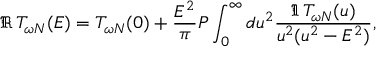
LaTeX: \Re \, T _ { \omega N } ( E ) = T _ { \omega N } ( 0 ) + \frac { E ^ { 2 } } { \pi } { \cal P } \int _ { 0 } ^ { \infty } d u ^ { 2 } \frac { \Im \, T _ { \omega N } ( u ) } { u ^ { 2 } ( u ^ { 2 } - E ^ { 2 } ) } ,